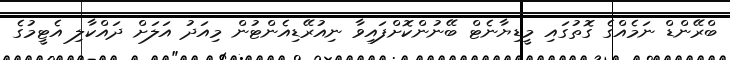
ބްރޭންޑް ނަމެއްގެ ގޮތުގައި މީޑިޔާނެޓް ބޭނުންކޮށްފައިވާ ނިއުރޭޑިއެންޓުން މިއަދު އަލަށް ދައްކާލި އެޓީމުގެ